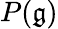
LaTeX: P({\mathfrak{g}})